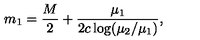
m _ { 1 } = \frac { M } { 2 } + \frac { \mu _ { 1 } } { 2 c \log ( \mu _ { 2 } / \mu _ { 1 } ) } ,